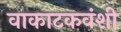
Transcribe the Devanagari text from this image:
वाकाटकवंशी